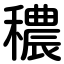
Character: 穠